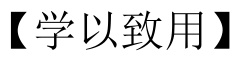
【学以致用】